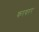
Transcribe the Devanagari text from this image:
करवरर